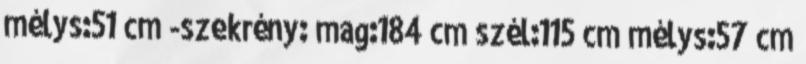
mélys:51 cm -szekrény: mag:184 cm szél:115 cm mélys:57 cm